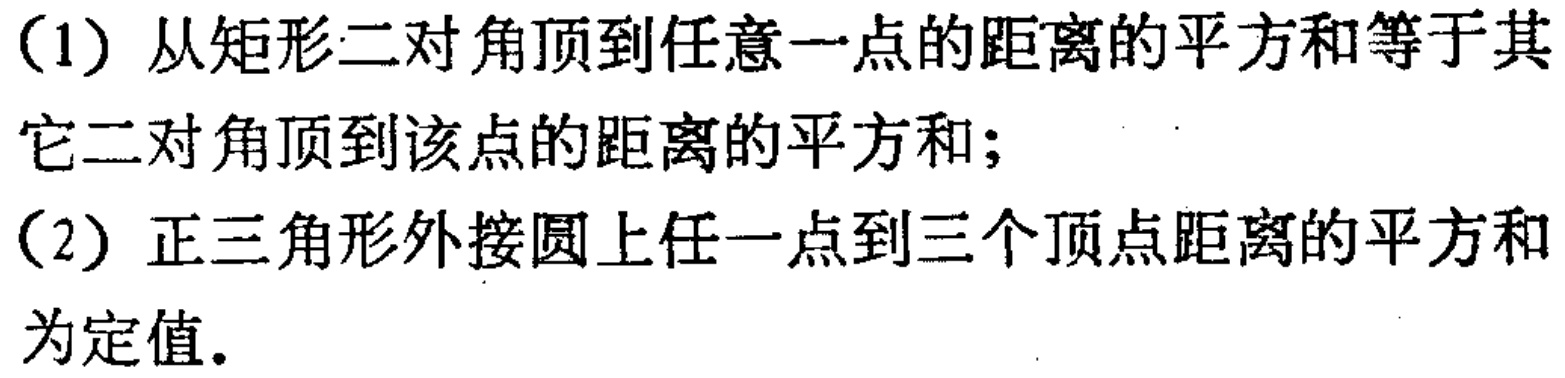
(1) 从矩形二对角顶到任意一点的距离的平方和等于其它二对角顶到该点的距离的平方和；
(2) 正三角形外接圆上任一点到三个顶点距离的平方和为定值.